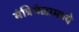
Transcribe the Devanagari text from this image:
मंत्रिमंळामध्ये